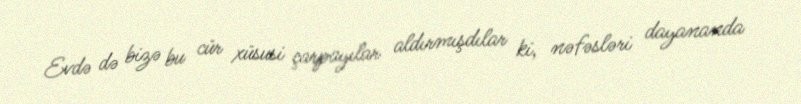
Evdə də bizə bu cür xüsusi çarpayılar aldırmışdılar ki, nəfəsləri dayananda